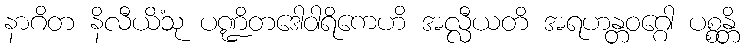
နာဂိတ နိလီယိံသု ပဏ္ဍိတဒေါဝါရိကေဟိ အလ္လီယတိ အရဟန္တဝဂ္ဂေါ ပစ္စန္တိ